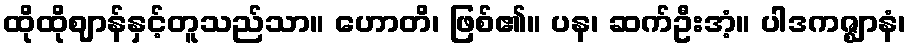
ထိုထိုဈာန်နှင့်တူသည်သာ။ ဟောတိ၊ ဖြစ်၏။ ပန၊ ဆက်ဦးအံ့။ ပါဒကဇ္ဈာနံ၊